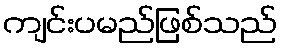
ကျင်းပမည်ဖြစ်သည်